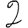
Digit: 2